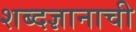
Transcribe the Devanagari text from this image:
शब्दज्ञानाची